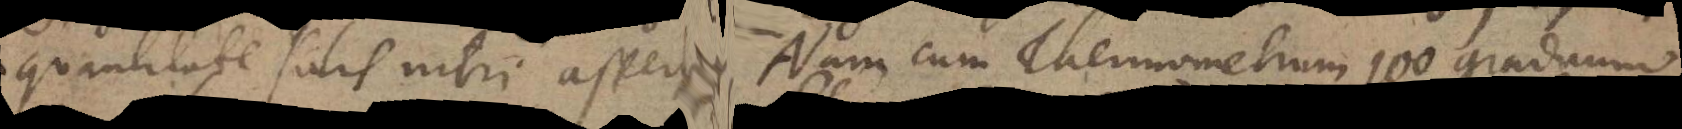
quantitate salis nitri aspersa. Nam cum Thermometrum 100 graduum